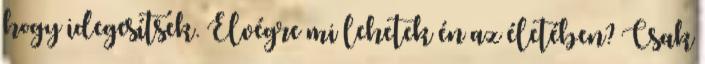
hogy idegesítsek. Elvégre mi lehetek én az életében? Csak